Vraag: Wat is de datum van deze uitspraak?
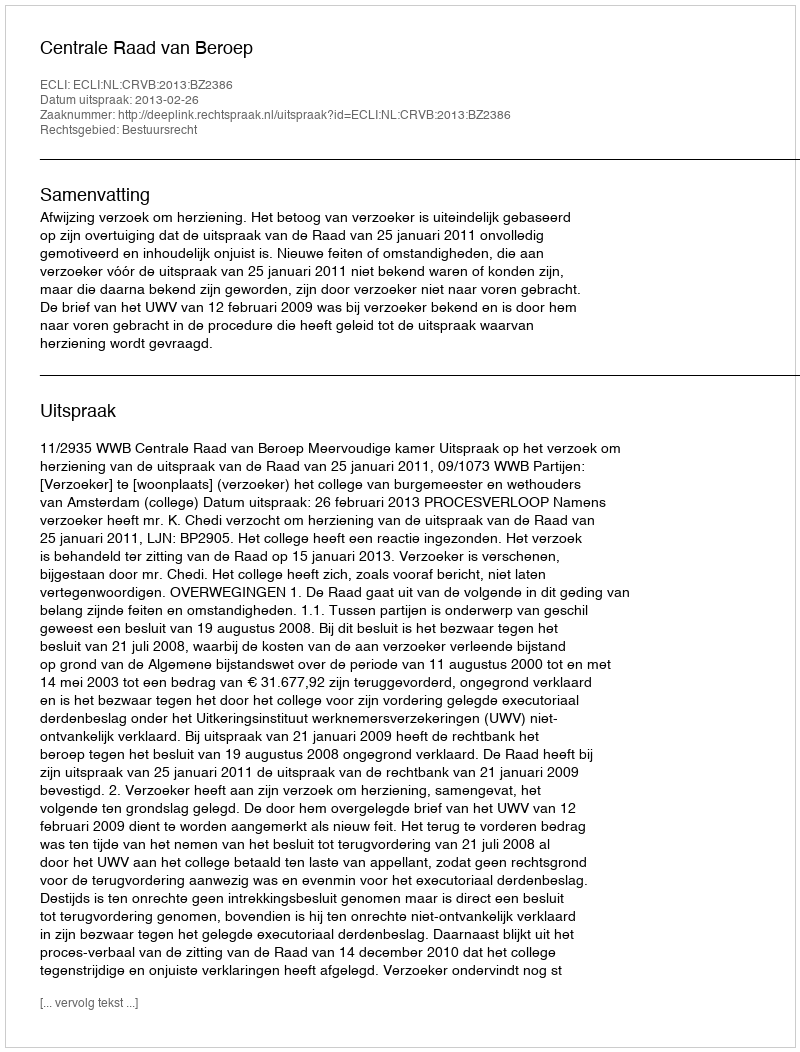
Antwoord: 2013-02-26